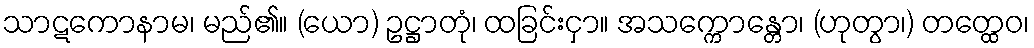
သာဋကောနာမ၊ မည်၏။ (ယော) ဥဋ္ဌာတုံ၊ ထခြင်းငှာ။ အသက္ကောန္တော၊ (ဟုတွာ၊) တတ္ထေဝ၊